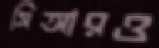
সিআরও